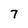
Character: 7